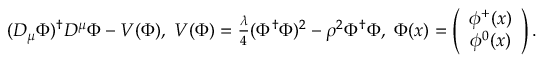
\begin{array} { r } { ( D _ { \mu } \Phi ) ^ { \dagger } D ^ { \mu } \Phi - V ( \Phi ) , \ V ( \Phi ) = \frac { \lambda } { 4 } ( \Phi ^ { \dagger } \Phi ) ^ { 2 } - \rho ^ { 2 } \Phi ^ { \dagger } \Phi , \ \Phi ( x ) = \left( \begin{array} { c } { \phi ^ { + } ( x ) } \\ { \phi ^ { 0 } ( x ) } \end{array} \right) . } \end{array}